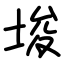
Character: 埈